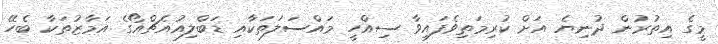
މީގެ އިތުރުން ދުނިޔެ އަށް ކުރިމަތިވެފައިވާ ސިއްހީ މައްސަލަތަކާއި ޑަބްލިއުއެޗްއޯގެ އަމާޒުތަކާ ބެހޭ